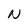
Character: N